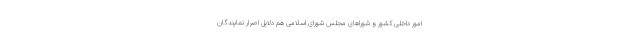
امور داخلی کشور و شوراهای مجلس شورای اسلامی هم دلایل اصرار نمایندگان